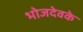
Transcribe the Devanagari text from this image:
भोजदेवके